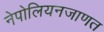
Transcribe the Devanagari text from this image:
नेपोलियनजाणत